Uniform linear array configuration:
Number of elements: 4
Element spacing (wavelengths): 0.25
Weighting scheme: hamming
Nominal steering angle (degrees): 30
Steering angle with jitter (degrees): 29.961
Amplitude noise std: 0.05
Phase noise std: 0.05

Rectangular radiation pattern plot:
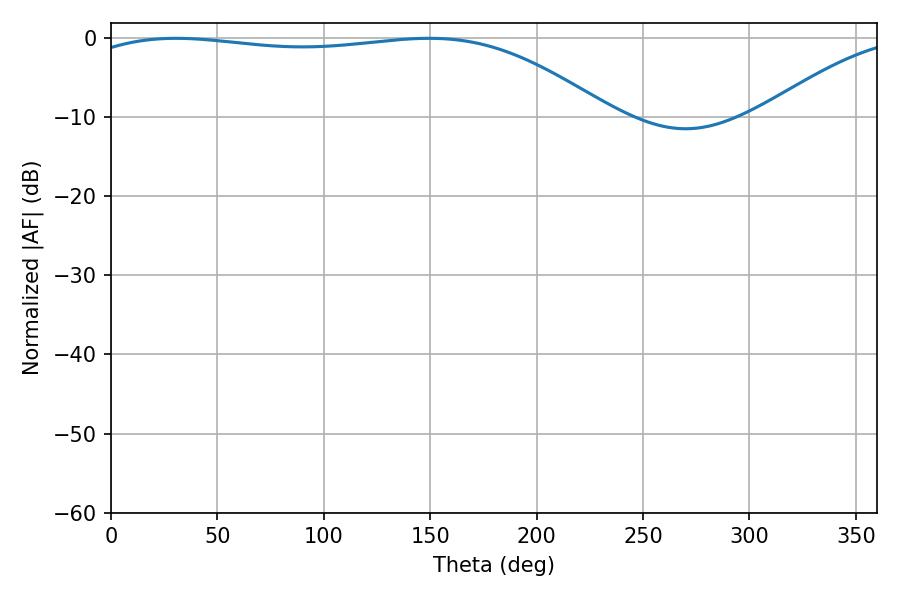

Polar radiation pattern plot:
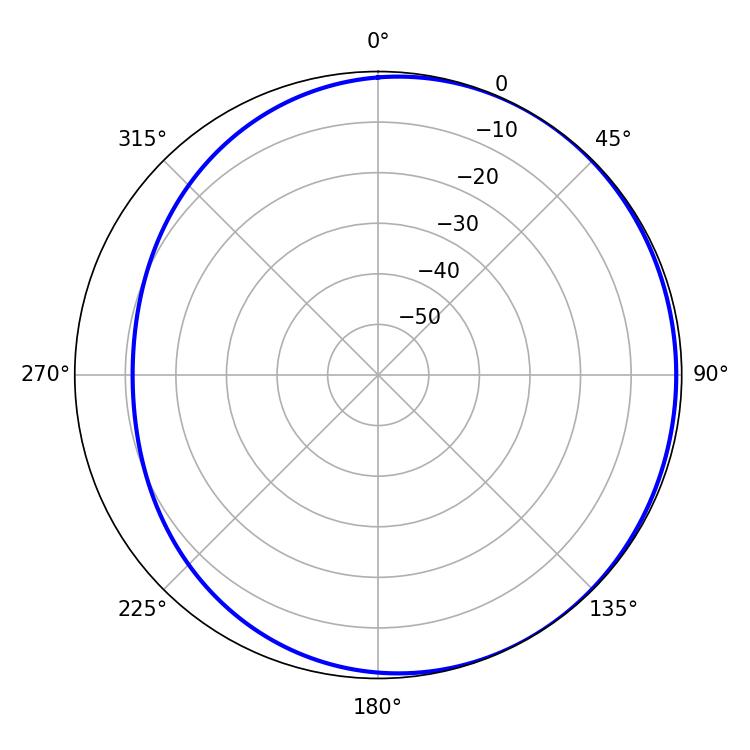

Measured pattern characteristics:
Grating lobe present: FALSE
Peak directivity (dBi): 1.543
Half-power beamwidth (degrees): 197.64
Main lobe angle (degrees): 30.6